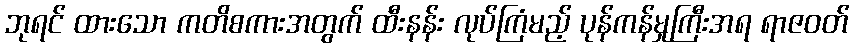
ဘုရင် ထားသော ကတိစကားအတွက် ထီးနန်း လုပ်ကြံမည့် ပုန်ကန်မှုကြီးအရ ရာဇဝတ်